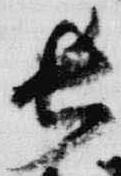
長